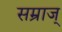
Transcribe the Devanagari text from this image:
सम्राज्